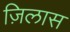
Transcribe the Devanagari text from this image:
ज़िलास